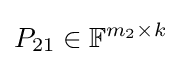
P_{21}\in \mathbb {F} ^{m_{2}\times k}